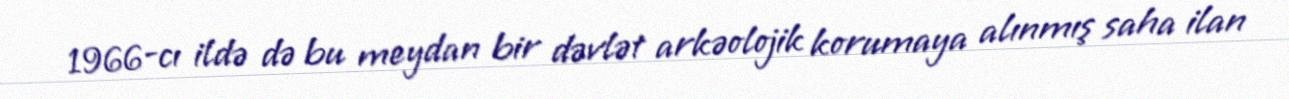
1966-cı ildə də bu meydan bir dəvlət arkəolojik korumaya alınmış saha ilan